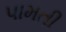
પામતી